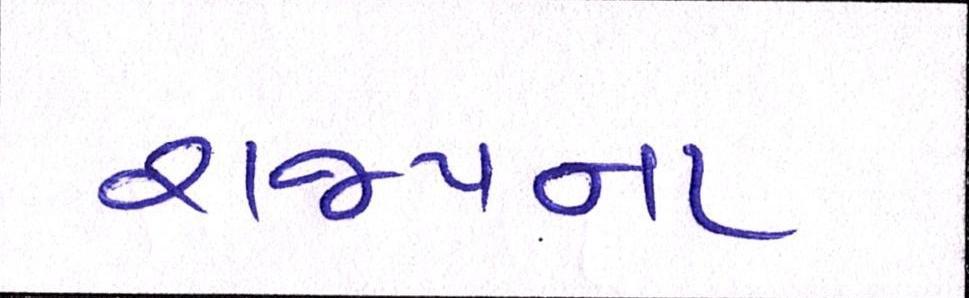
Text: રાજ્યના